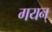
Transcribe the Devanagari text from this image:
गयन्